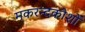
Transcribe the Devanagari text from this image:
मकरन्दकोशों